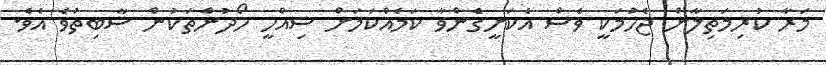
މަރާ ކުރިމަތިލާން ޖެހުމަކީ ވެސް އެކަށީގެންވާ ކަމެއްކަމަށް ސިއްހީ ހޯދުންތަކުން ސާބިތުވެ އެވެ.